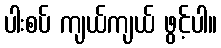
ပါးစပ် ကျယ်ကျယ် ဖွင့်ပါ။